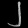
Digit: ၂